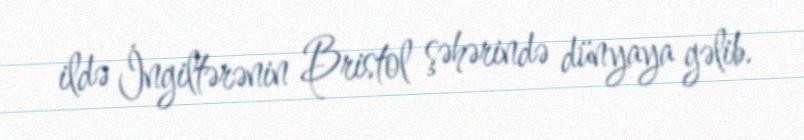
ildə İngiltərənin Bristol şəhərində dünyaya gəlib.